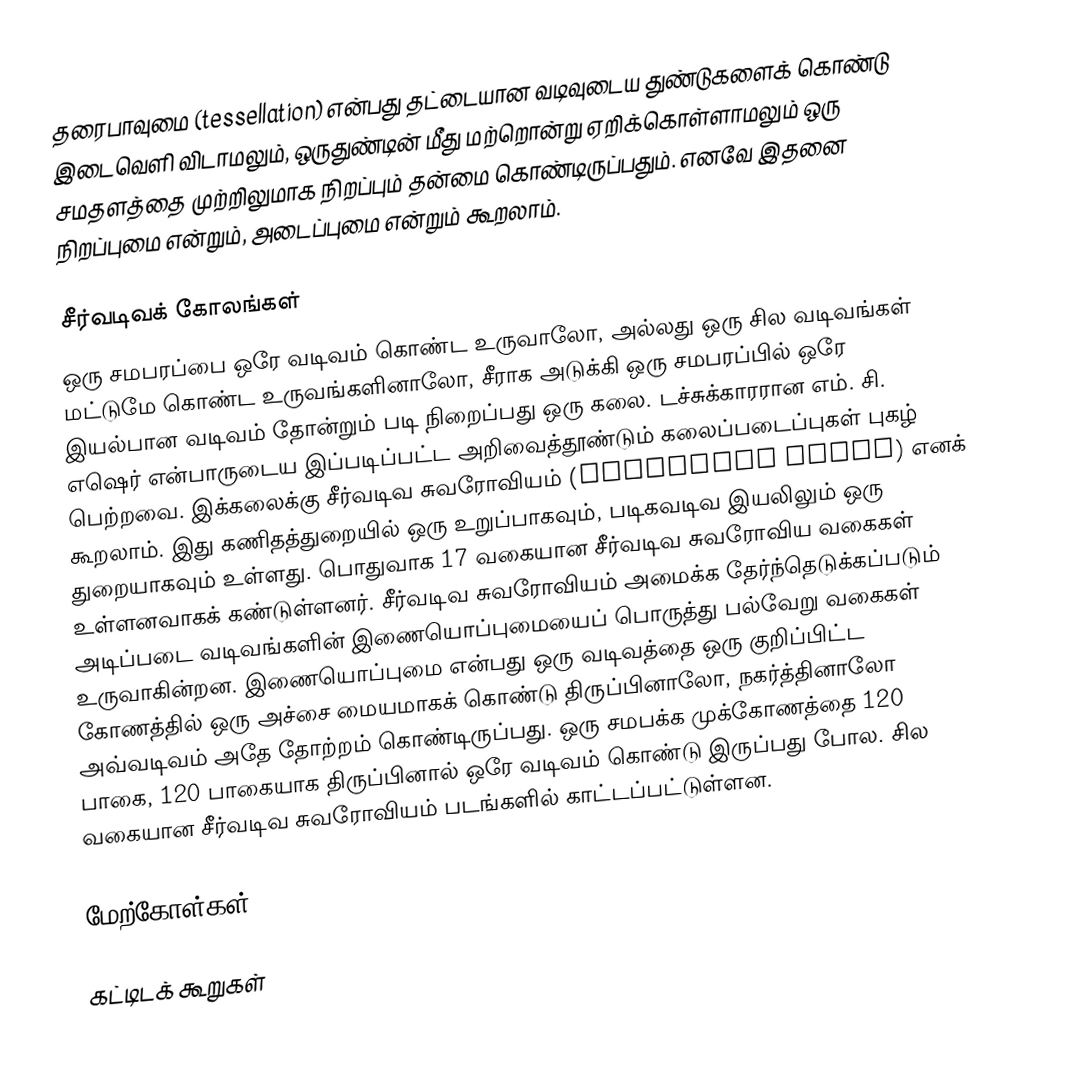
தரைபாவுமை (tessellation) என்பது தட்டையான வடிவுடைய துண்டுகளைக் கொண்டு இடைவெளி விடாமலும், ஒருதுண்டின் மீது மற்றொன்று ஏறிக்கொள்ளாமலும் ஒரு சமதளத்தை முற்றிலுமாக நிறப்பும் தன்மை கொண்டிருப்பதும். எனவே இதனை நிறப்புமை என்றும், அடைப்புமை என்றும் கூறலாம்.

சீர்வடிவக் கோலங்கள்
ஒரு சமபரப்பை ஒரே வடிவம் கொண்ட உருவாலோ, அல்லது ஒரு சில வடிவங்கள் மட்டுமே கொண்ட உருவங்களினாலோ, சீராக அடுக்கி ஒரு சமபரப்பில் ஒரே இயல்பான வடிவம் தோன்றும் படி நிறைப்பது ஒரு கலை. டச்சுக்காரரான எம். சி. எஷெர் என்பாருடைய இப்படிப்பட்ட அறிவைத்தூண்டும் கலைப்படைப்புகள் புகழ் பெற்றவை. இக்கலைக்கு சீர்வடிவ சுவரோவியம் (Wallpaper group) எனக் கூறலாம். இது கணிதத்துறையில் ஒரு உறுப்பாகவும், படிகவடிவ இயலிலும் ஒரு துறையாகவும் உள்ளது. பொதுவாக 17 வகையான சீர்வடிவ சுவரோவிய வகைகள் உள்ளனவாகக் கண்டுள்ளனர். சீர்வடிவ சுவரோவியம் அமைக்க தேர்ந்தெடுக்கப்படும் அடிப்படை வடிவங்களின் இணையொப்புமையைப் பொருத்து பல்வேறு வகைகள் உருவாகின்றன. இணையொப்புமை என்பது ஒரு வடிவத்தை ஒரு குறிப்பிட்ட கோணத்தில் ஒரு அச்சை மையமாகக் கொண்டு திருப்பினாலோ, நகர்த்தினாலோ அவ்வடிவம் அதே தோற்றம் கொண்டிருப்பது. ஒரு சமபக்க முக்கோணத்தை 120 பாகை, 120 பாகையாக திருப்பினால் ஒரே வடிவம் கொண்டு இருப்பது போல. சில வகையான சீர்வடிவ சுவரோவியம் படங்களில் காட்டப்பட்டுள்ளன.

மேற்கோள்கள்

கட்டிடக் கூறுகள்